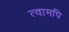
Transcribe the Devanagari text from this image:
त्वामपि